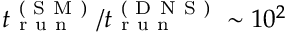
t _ { \mathrm { ~ r ~ u ~ n ~ } } ^ { \mathrm { ~ ( ~ S ~ M ~ ) ~ } } / t _ { \mathrm { ~ r ~ u ~ n ~ } } ^ { \mathrm { ~ ( ~ D ~ N ~ S ~ ) ~ } } \sim 1 0 ^ { 2 }